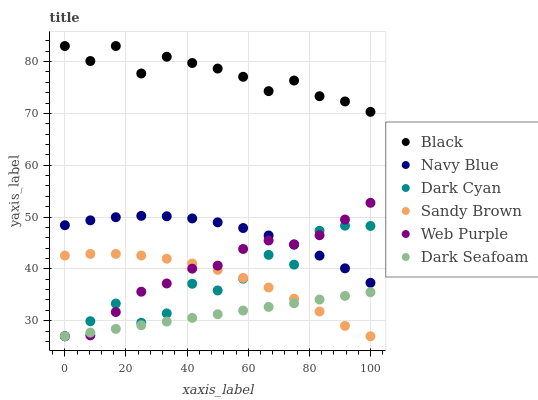
| xaxis_label | Black | Navy Blue | Dark Cyan | Sandy Brown | Web Purple | Dark Seafoam |
 | --- | --- | --- | --- | --- | --- | --- |
 | 0 | 83 | 48.4 | 27 | 42.6 | 27 | 27 |
 | 8.33 | 80.1 | 49.4 | 29.9 | 42.9 | 27.2 | 27.7 |
 | 16.7 | 83 | 50 | 33.3 | 42.9 | 31.7 | 28.4 |
 | 25 | 77.7 | 50.2 | 29.6 | 42.6 | 35.6 | 29.1 |
 | 33.3 | 80.9 | 50.2 | 31.4 | 42 | 37.2 | 29.8 |
 | 41.7 | 79.7 | 49.7 | 37.1 | 41 | 40 | 30.5 |
 | 50 | 78.6 | 49 | 35.8 | 39.8 | 40.6 | 31.2 |
 | 58.3 | 77.1 | 47.9 | 38.1 | 38.3 | 43.8 | 32 |
 | 66.7 | 74.3 | 46.4 | 42.7 | 36.4 | 45.5 | 32.7 |
 | 75 | 76.3 | 44.7 | 40.8 | 34.2 | 44.7 | 33.4 |
 | 83.3 | 73.3 | 42.6 | 47.4 | 31.8 | 46.5 | 34.1 |
 | 91.7 | 72.3 | 40.1 | 48.3 | 29 | 49.5 | 34.8 |
 | 100 | 70.3 | 37.3 | 48.3 | 27 | 52.7 | 35.5 |